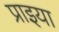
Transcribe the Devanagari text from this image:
प्राइया